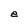
Character: e